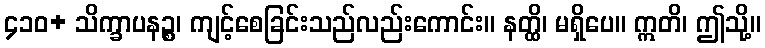
၄၁၀+ သိက္ခာပနဉ္စ၊ ကျင့်စေခြင်းသည်လည်းကောင်း။ နတ္ထိ၊ မရှိပေ။ ဣတိ၊ ဤသို့။